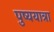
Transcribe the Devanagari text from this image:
पुष्ययात्रा